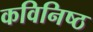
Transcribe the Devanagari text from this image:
कविनिष्ठ